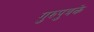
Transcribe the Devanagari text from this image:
गुरुपुत्रके